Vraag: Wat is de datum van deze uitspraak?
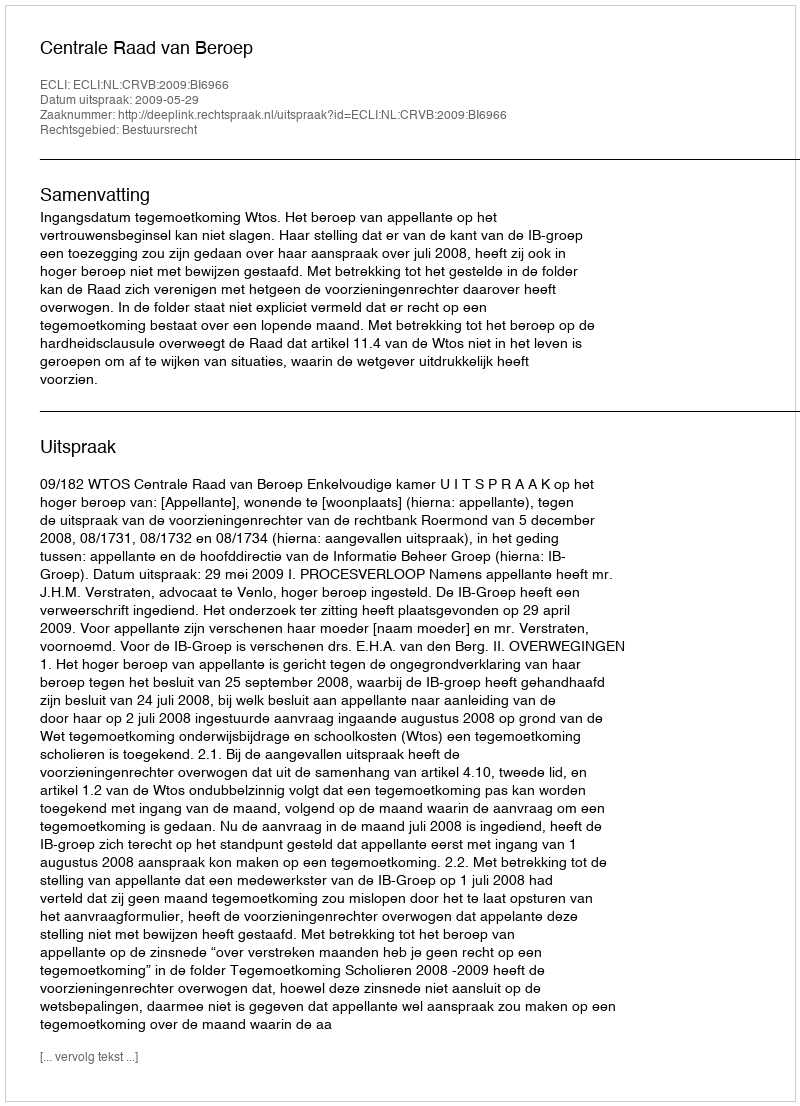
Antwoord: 2009-05-29